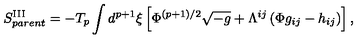
S _ { p a r e n t } ^ { \mathrm { I I I } } = - T _ { p } \int d ^ { p + 1 } { \xi } \left[ { \Phi } ^ { ( p + 1 ) / 2 } \sqrt { - g } + { \Lambda } ^ { i j } \left( { \Phi } g _ { i j } - h _ { i j } \right) \right] ,